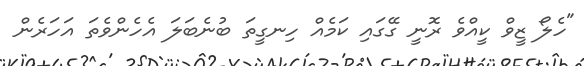
"ހެލޯ ޒީވް ކީއްވެ ރޮނީ ގޭގައި ކަމެއް ހިނގީތަ ބުނެބަލަ އެހެންވެތަ އަހަރެން